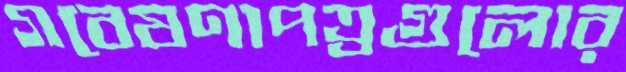
গবেষণাপত্রগুলোর